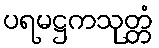
ပရမဋ္ဌကသုတ္တံ